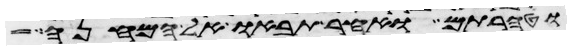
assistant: וטהרתם ואחר תבאו אל המחנה